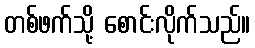
တစ်ဖက်သို့ စောင်းလိုက်သည်။